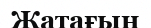
Жатағын